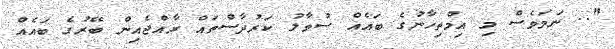
".. ނަމަވެސް މި އިމްތިހާނުގެ ބައެއް ސުވާލު ކަރުދާސްތައް ރާއްޖެއިން ބޭރުގެ ބައެއް